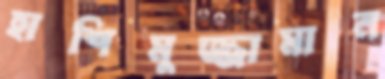
হাশিমুজ্জামান